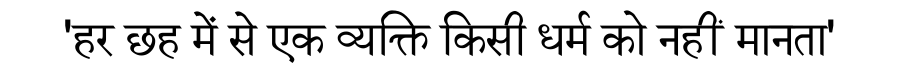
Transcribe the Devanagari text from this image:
'हर छह में से एक व्यक्ति किसी धर्म को नहीं मानता'